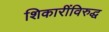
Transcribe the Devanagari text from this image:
शिकारींविरुद्ध